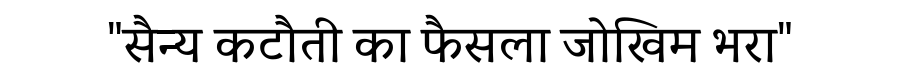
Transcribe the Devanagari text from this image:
"सैन्य कटौती का फैसला जोखिम भरा"